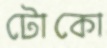
টোকো